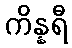
ကိန္နရီ